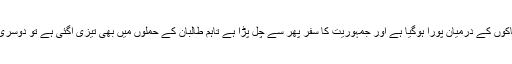
واضح رہے کہ افغانستان میں پارلیمانی اور انتخابی مرحلہ خود کش دھماکوں کے درمیان پورا ہوگیا ہے اور جمہوریت کا سفر پھر سے چل پڑا ہے تاہم طالبان کے حملوں میں بھی تیزی آگئی ہے تو دوسری جانب عالمی سطح پر قطر میں طالبان سے گفت و شنید بھی جاری ہے۔